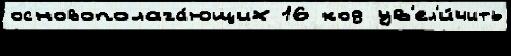
основополага́ющих 16 код ув'ел'и́чить